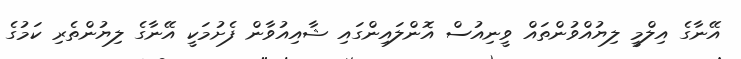
އޭނާގެ އިލްމީ ލިޔުއްވުންތައް ވީނިއުސް އޮންލައިންގައި ޝާއިއުވާން ފެށުމަކީ އޭނާގެ ލިޔުންތެރި ކަމުގެ